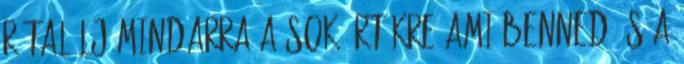
rátalálj mindarra a sok értékre ami benned és a